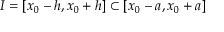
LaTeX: I = [ x _ { 0 } - h , x _ { 0 } + h ] \subset [ x _ { 0 } - a , x _ { 0 } + a ]